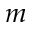
m